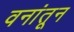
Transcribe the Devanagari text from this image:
वनांतून